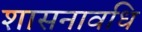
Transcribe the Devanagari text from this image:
शासनावधि